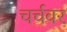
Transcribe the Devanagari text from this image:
चर्चवर